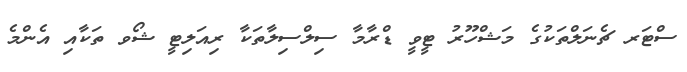
ސްޓަރ ޗެނަލްތަކުގެ މަޝްހޫރު ޓީވީ ޑްރާމާ ސިލްސިލާތަކާ ރިއަލިޓީ ޝޯވ ތަކާއި އެންމެ